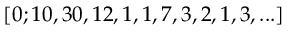
[ 0 ; 1 0 , 3 0 , 1 2 , 1 , 1 , 7 , 3 , 2 , 1 , 3 , . . . ]